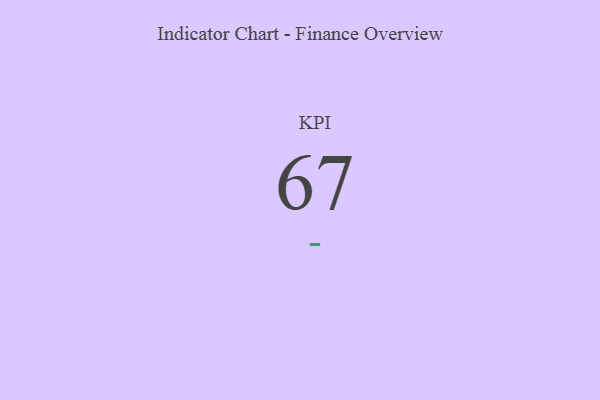
{"axis": {"x": "KPI", "y": "Value"}, "legend": [""], "data": [{"x": "KPI", "y": 67, "type": ""}]}